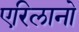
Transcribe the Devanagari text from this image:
एरिलानो